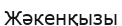
Жәкенқызы